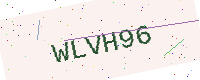
Text: WLVH96